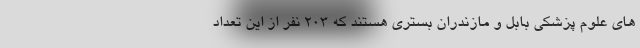
های علوم پزشکی بابل و مازندران بستری هستند که 203 نفر از این تعداد